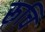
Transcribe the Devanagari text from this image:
रूचि